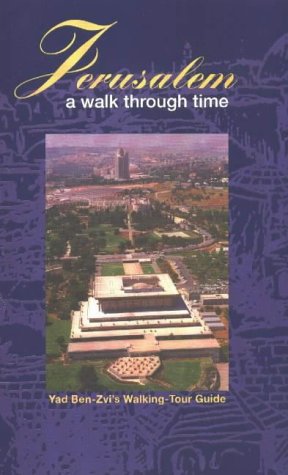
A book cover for Jerusalem, A Walk through Time: 2 vol set; Travel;